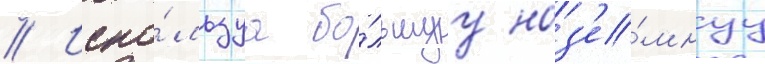
// Испо́льзуа бо́льшуу наз'е́мнуу